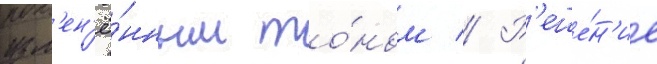
изм'ен'ё́нным то́ном // Р'еше́н'ие